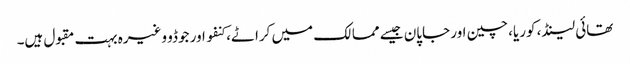
تھائی لینڈ، کوریا، چین اور جاپان جیسے ممالک میں کراٹے، کنفو اور جوڈو وغیرہ بہت مقبول ہیں۔